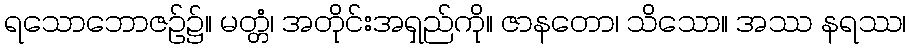
ရသောဘောဇဉ်၌။ မတ္တံ၊ အတိုင်းအရှည်ကို။ ဇာနတော၊ သိသော။ အဿ နရဿ၊